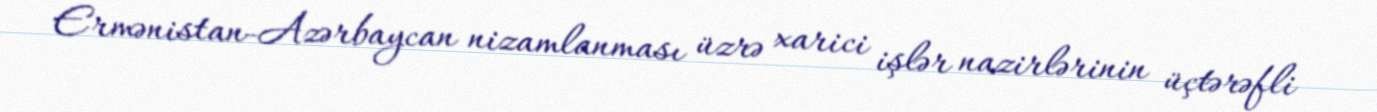
Ermənistan-Azərbaycan nizamlanması üzrə xarici işlər nazirlərinin üçtərəfli